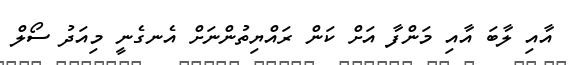
އާއި ލާބަ އާއި މަންފާ އަށް ކަން ރައްޔިތުންނަށް އެނގެނީ މިއަދު ސޯލް